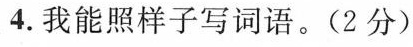
4.我能照样子写词语。(2分)